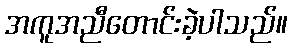
အကူအညီတောင်းခဲ့ပါသည်။